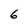
Character: 6